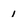
Character: i